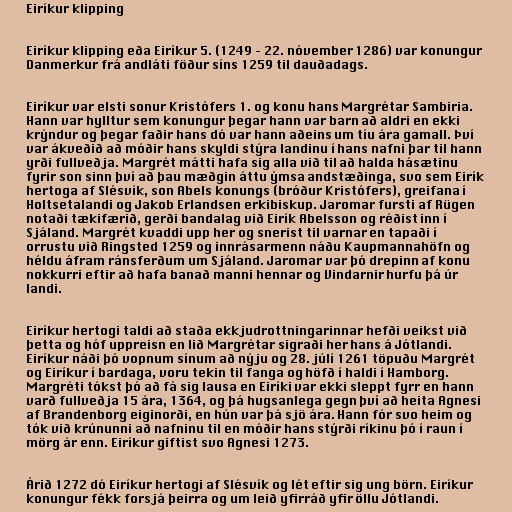
Eiríkur klipping

Eiríkur klipping eða Eiríkur 5. (1249 – 22. nóvember 1286) var konungur
Danmerkur frá andláti föður síns 1259 til dauðadags.

Eiríkur var elsti sonur Kristófers 1. og konu hans Margrétar Sambiria.
Hann var hylltur sem konungur þegar hann var barn að aldri en ekki
krýndur og þegar faðir hans dó var hann aðeins um tíu ára gamall. Því
var ákveðið að móðir hans skyldi stýra landinu í hans nafni þar til hann
yrði fullveðja. Margrét mátti hafa sig alla við til að halda hásætinu
fyrir son sinn því að þau mæðgin áttu ýmsa andstæðinga, svo sem Eirík
hertoga af Slésvík, son Abels konungs (bróður Kristófers), greifana í
Holtsetalandi og Jakob Erlandsen erkibiskup. Jaromar fursti af Rügen
notaði tækifærið, gerði bandalag við Eirík Abelsson og réðist inn í
Sjáland. Margrét kvaddi upp her og snerist til varnar en tapaði í
orrustu við Ringsted 1259 og innrásarmenn náðu Kaupmannahöfn og
héldu áfram ránsferðum um Sjáland. Jaromar var þó drepinn af konu
nokkurri eftir að hafa banað manni hennar og Vindarnir hurfu þá úr
landi.

Eiríkur hertogi taldi að staða ekkjudrottningarinnar hefði veikst við
þetta og hóf uppreisn en lið Margrétar sigraði her hans á Jótlandi.
Eiríkur náði þó vopnum sínum að nýju og 28. júlí 1261 töpuðu Margrét
og Eiríkur í bardaga, voru tekin til fanga og höfð í haldi í Hamborg.
Margréti tókst þó að fá sig lausa en Eiríki var ekki sleppt fyrr en hann
varð fullveðja 15 ára, 1364, og þá hugsanlega gegn því að heita Agnesi
af Brandenborg eiginorði, en hún var þá sjö ára. Hann fór svo heim og
tók við krúnunni að nafninu til en móðir hans stýrði ríkinu þó í raun í
mörg ár enn. Eiríkur giftist svo Agnesi 1273.

Árið 1272 dó Eiríkur hertogi af Slésvík og lét eftir sig ung börn. Eiríkur
konungur fékk forsjá þeirra og um leið yfirráð yfir öllu Jótlandi.